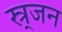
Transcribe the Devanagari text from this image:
स्र्जन